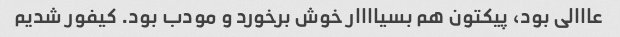
عااالی بود، پیکتون هم بسیاااار خوش برخورد و مودب بود. کیفور شدیم